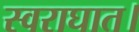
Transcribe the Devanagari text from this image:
स्वराघात।